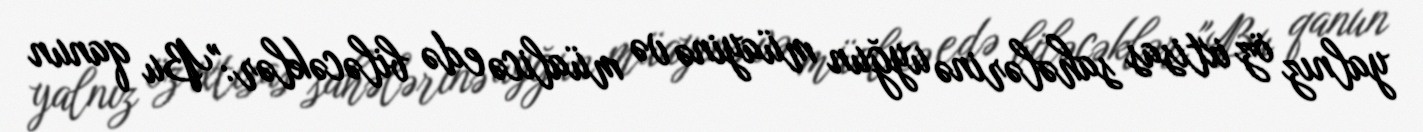
yalnız öz ixtisas sahələrinə uyğun müayinə və müalicə edə biləcəklər:"Bu qanun